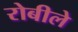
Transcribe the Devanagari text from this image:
रोबीले